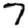
Digit: 7